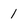
Character: 1